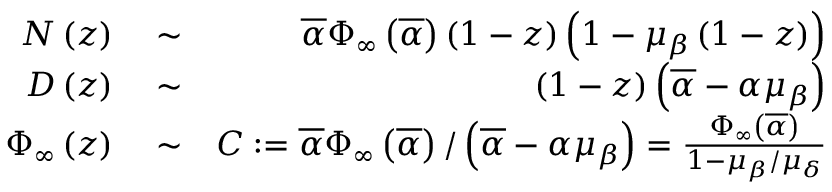
\begin{array} { r l r } { { \cal N } \left( z \right) } & { { } \sim } & { \overline { { \alpha } } \Phi _ { \infty } \left( \overline { { \alpha } } \right) \left( 1 - z \right) \left( 1 - \mu _ { \beta } \left( 1 - z \right) \right) } \\ { { \cal D } \left( z \right) } & { { } \sim } & { \left( 1 - z \right) \left( \overline { { \alpha } } - \alpha \mu _ { \beta } \right) } \\ { \Phi _ { \infty } \left( z \right) } & { { } \sim } & { C : = \overline { { \alpha } } \Phi _ { \infty } \left( \overline { { \alpha } } \right) / \left( \overline { { \alpha } } - \alpha \mu _ { \beta } \right) = \frac { \Phi _ { \infty } \left( \overline { { \alpha } } \right) } { 1 - \mu _ { \beta } / \mu _ { \delta } } } \end{array}